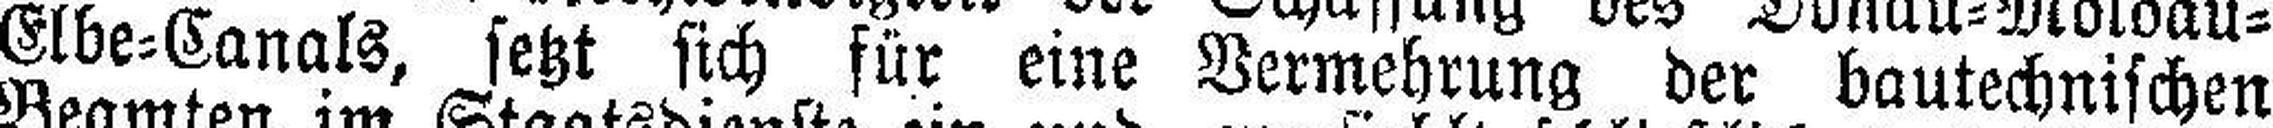
Elbe=Canals, setzt sich für eine Vermehrung der bautechnischen